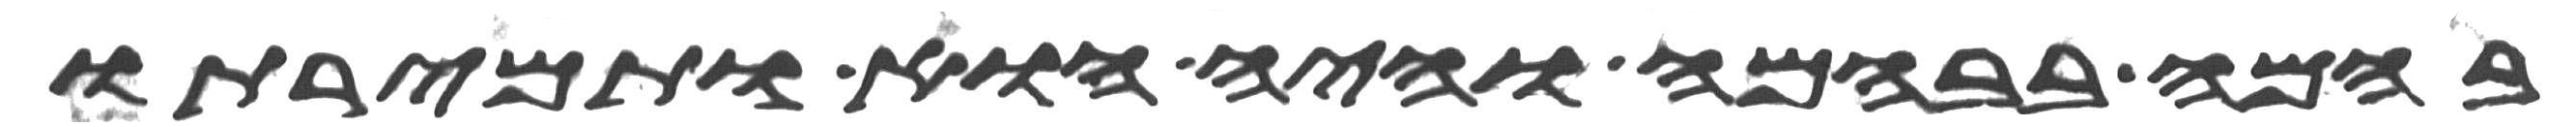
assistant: בהמה בבהמה והיה הוא ותמירתו